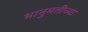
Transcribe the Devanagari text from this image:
भानुमतीच्या